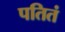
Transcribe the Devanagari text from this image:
पतितं